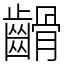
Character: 䶤